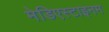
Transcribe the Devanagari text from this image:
मेडिएस्टाइनम